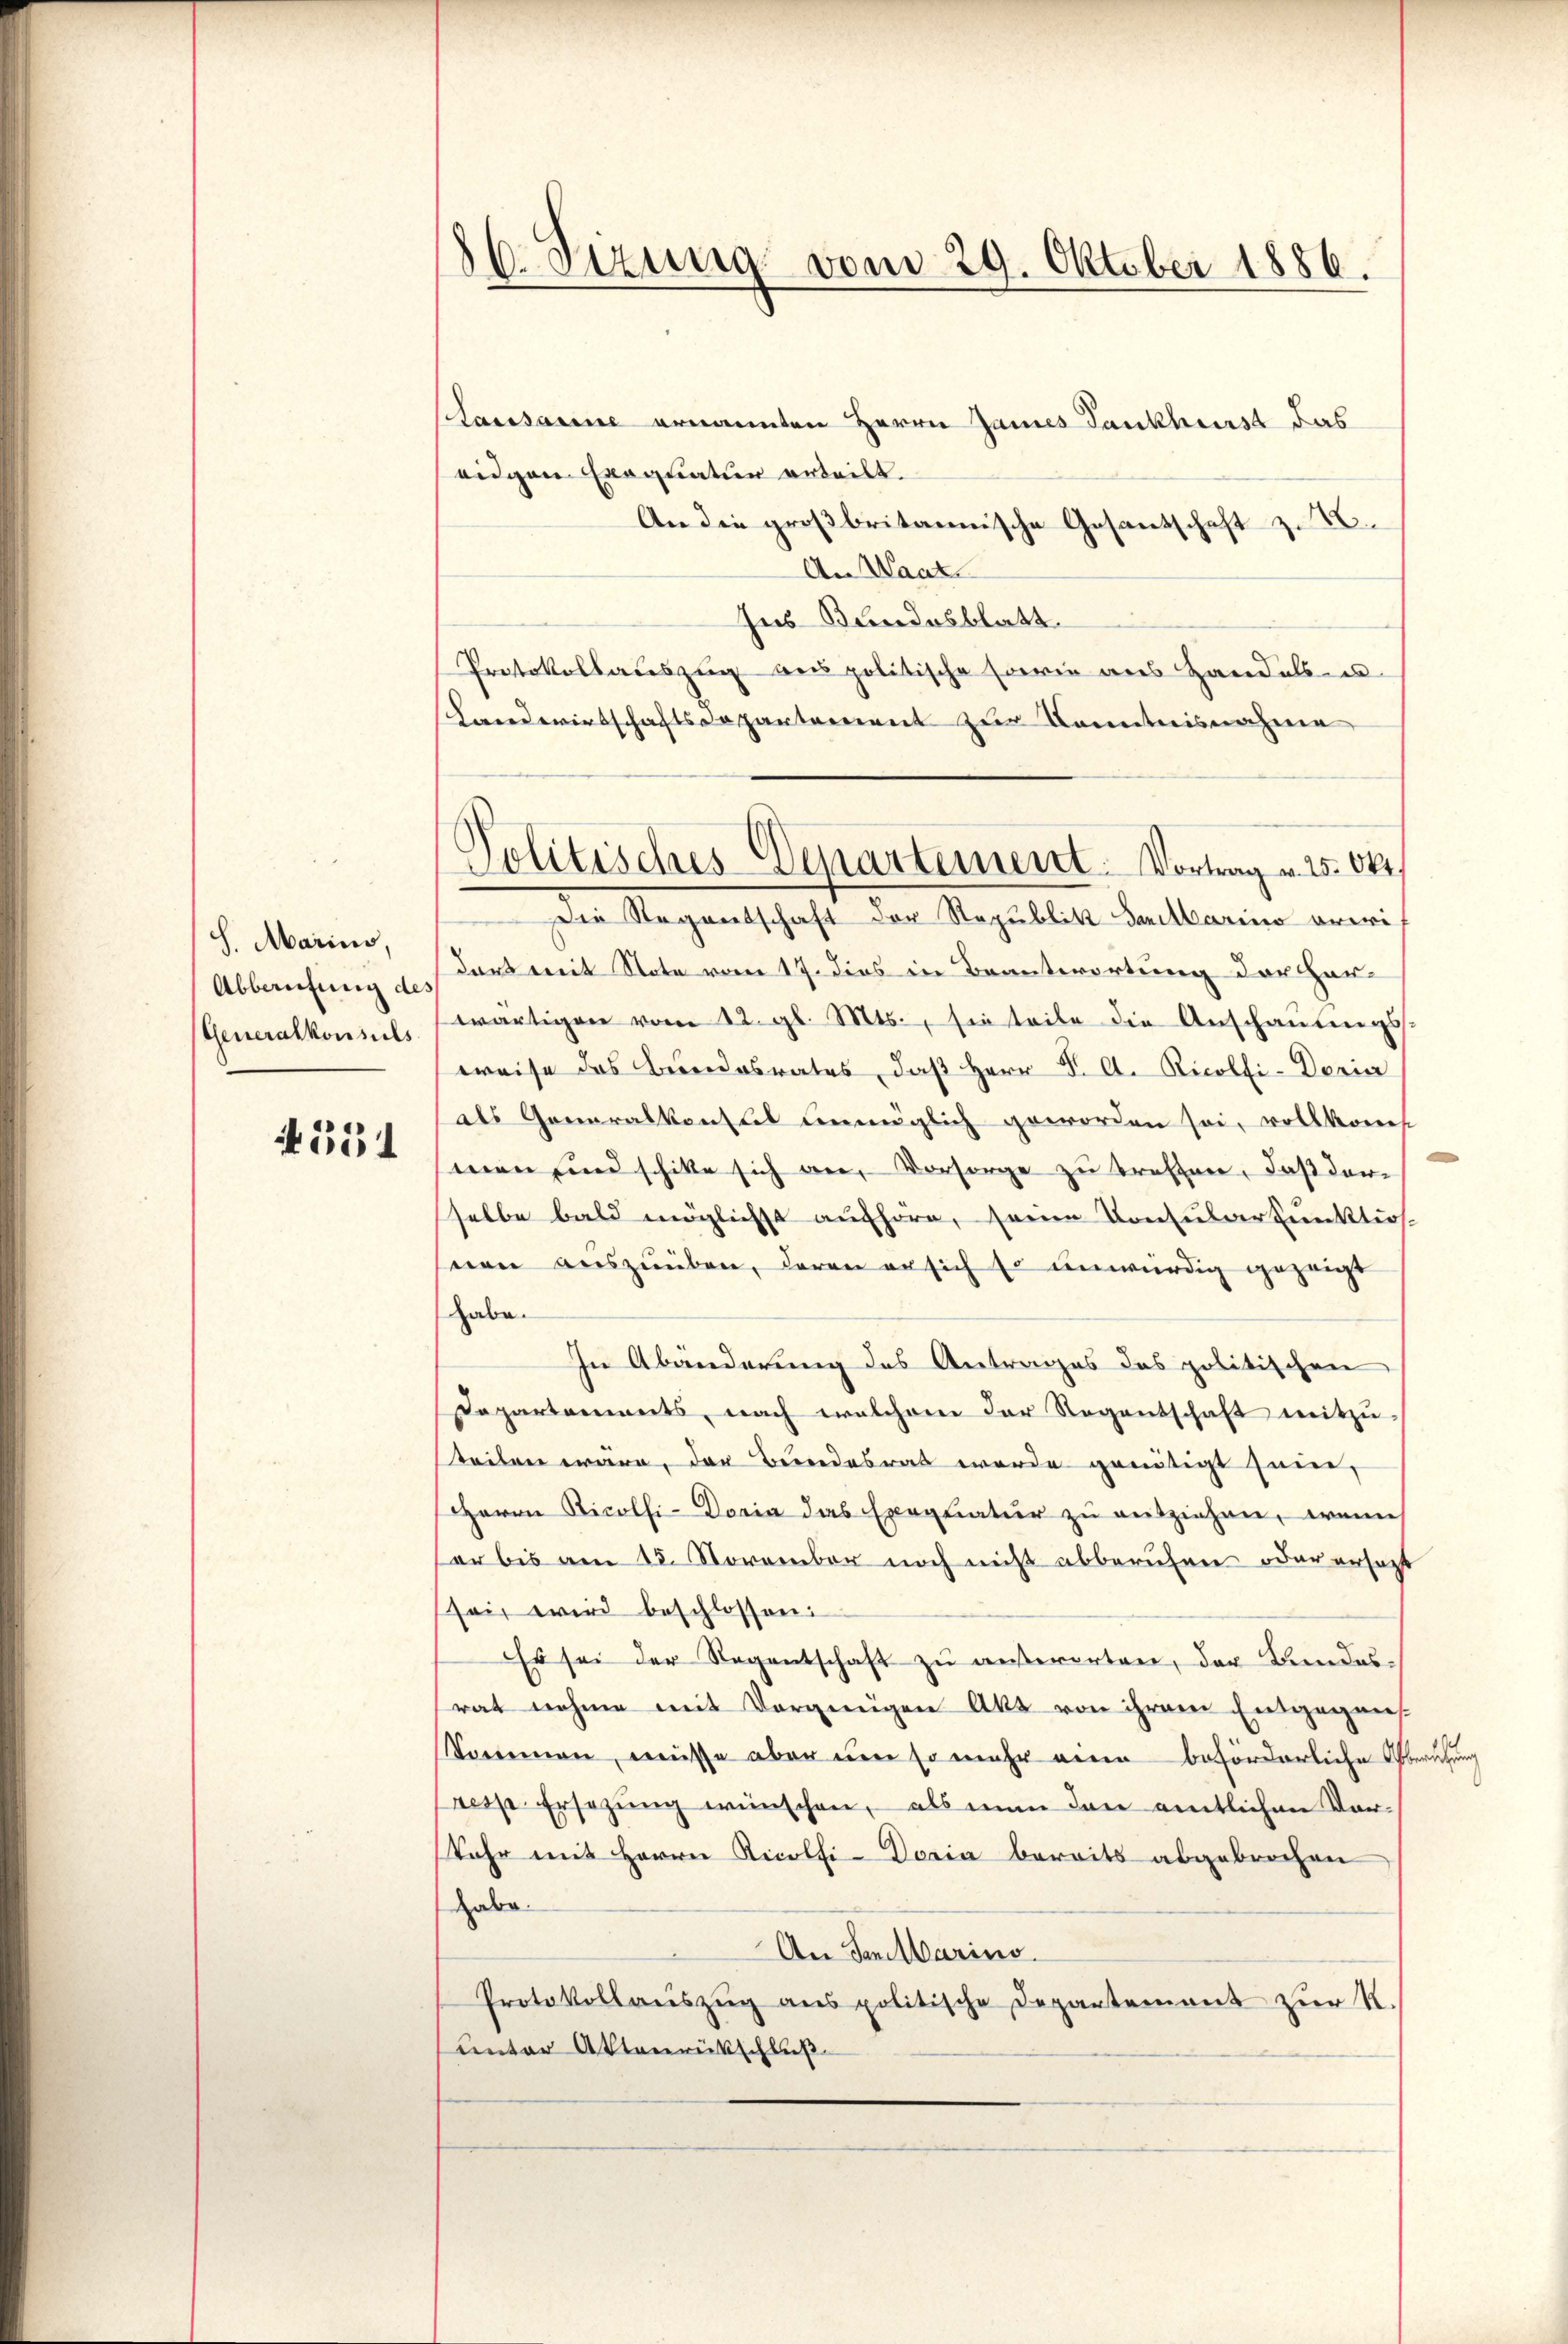
S. Marius,
Abberufung des
Generalkonsuls

554

86. Sizung vom 29. Oktober 1886.

Kausanne ernannten Herrn James Tankherst das
eidgen Exequatuor erteilt.
An die großbritannische Gesantschaft zu
An Waat
Ins Bundesblatt.
Protokollauszug aus politische sowie aus Handels- u.
shandwirtschaftsdepartement zur Kenntnisnahme
Die Regentschaft der Republik Sanellario erwidort mit Note vom 17. dies in Beantwortung der Herwärtigen vom 12. gl. Mts., sie seite die Anschauungs-
weise des Bundesrates, daß Herr Dr. A. Ricolfi-Doria
als Generalkonsul unmöglich geworden sei, vollkom
men und schicke sich an, Vorsorge zu treffen, daß derselbe bald möglichst aufhöre, seine Konsular Punktios
seien auszuüben, daran er sich so unwürdig gezeigt
habe.
In Abänderung des Antrages das politischen
Departements, nach welchem der Regentschaft mitzu-
teilen wäre, das Bundesrat werde genötigt sein,
Herrn Ricolhi-Doria das Exequatur zu ausziehen, wenn
er bis am 15. November noch nicht abberuhen oder ersetzt
seit wird beschlossen:
Es sei der Regentschaft zŭ außerorten, der Bundesrat nahme mit Vergnügen Akt von ihrem Entgegenskommen, müsse aber um so mehr eine beförderliche Oberufung
resp. Ersezung wünschen, als nun den amtlichen Vorkehr mit Herrn Ricolfi-Doria bereits abgebrochen
habe.
An Talarius.
Protokollaŭszŭg ans politische Departement zŭr R.
unter Aktenrückschluß

Politisches Departement. Vortrag u. 25. Okt.